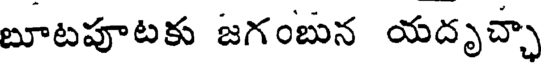
బూటపూటకు జగంబున యదృచ్చా